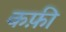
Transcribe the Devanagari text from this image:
कफ़ी